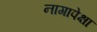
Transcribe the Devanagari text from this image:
नागापेक्षा